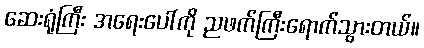
ဆေးရုံကြီး အရေးပေါ်ကို ညဖက်ကြီးရောက်သွားတယ်။